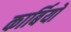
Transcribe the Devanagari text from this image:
कार्बियों